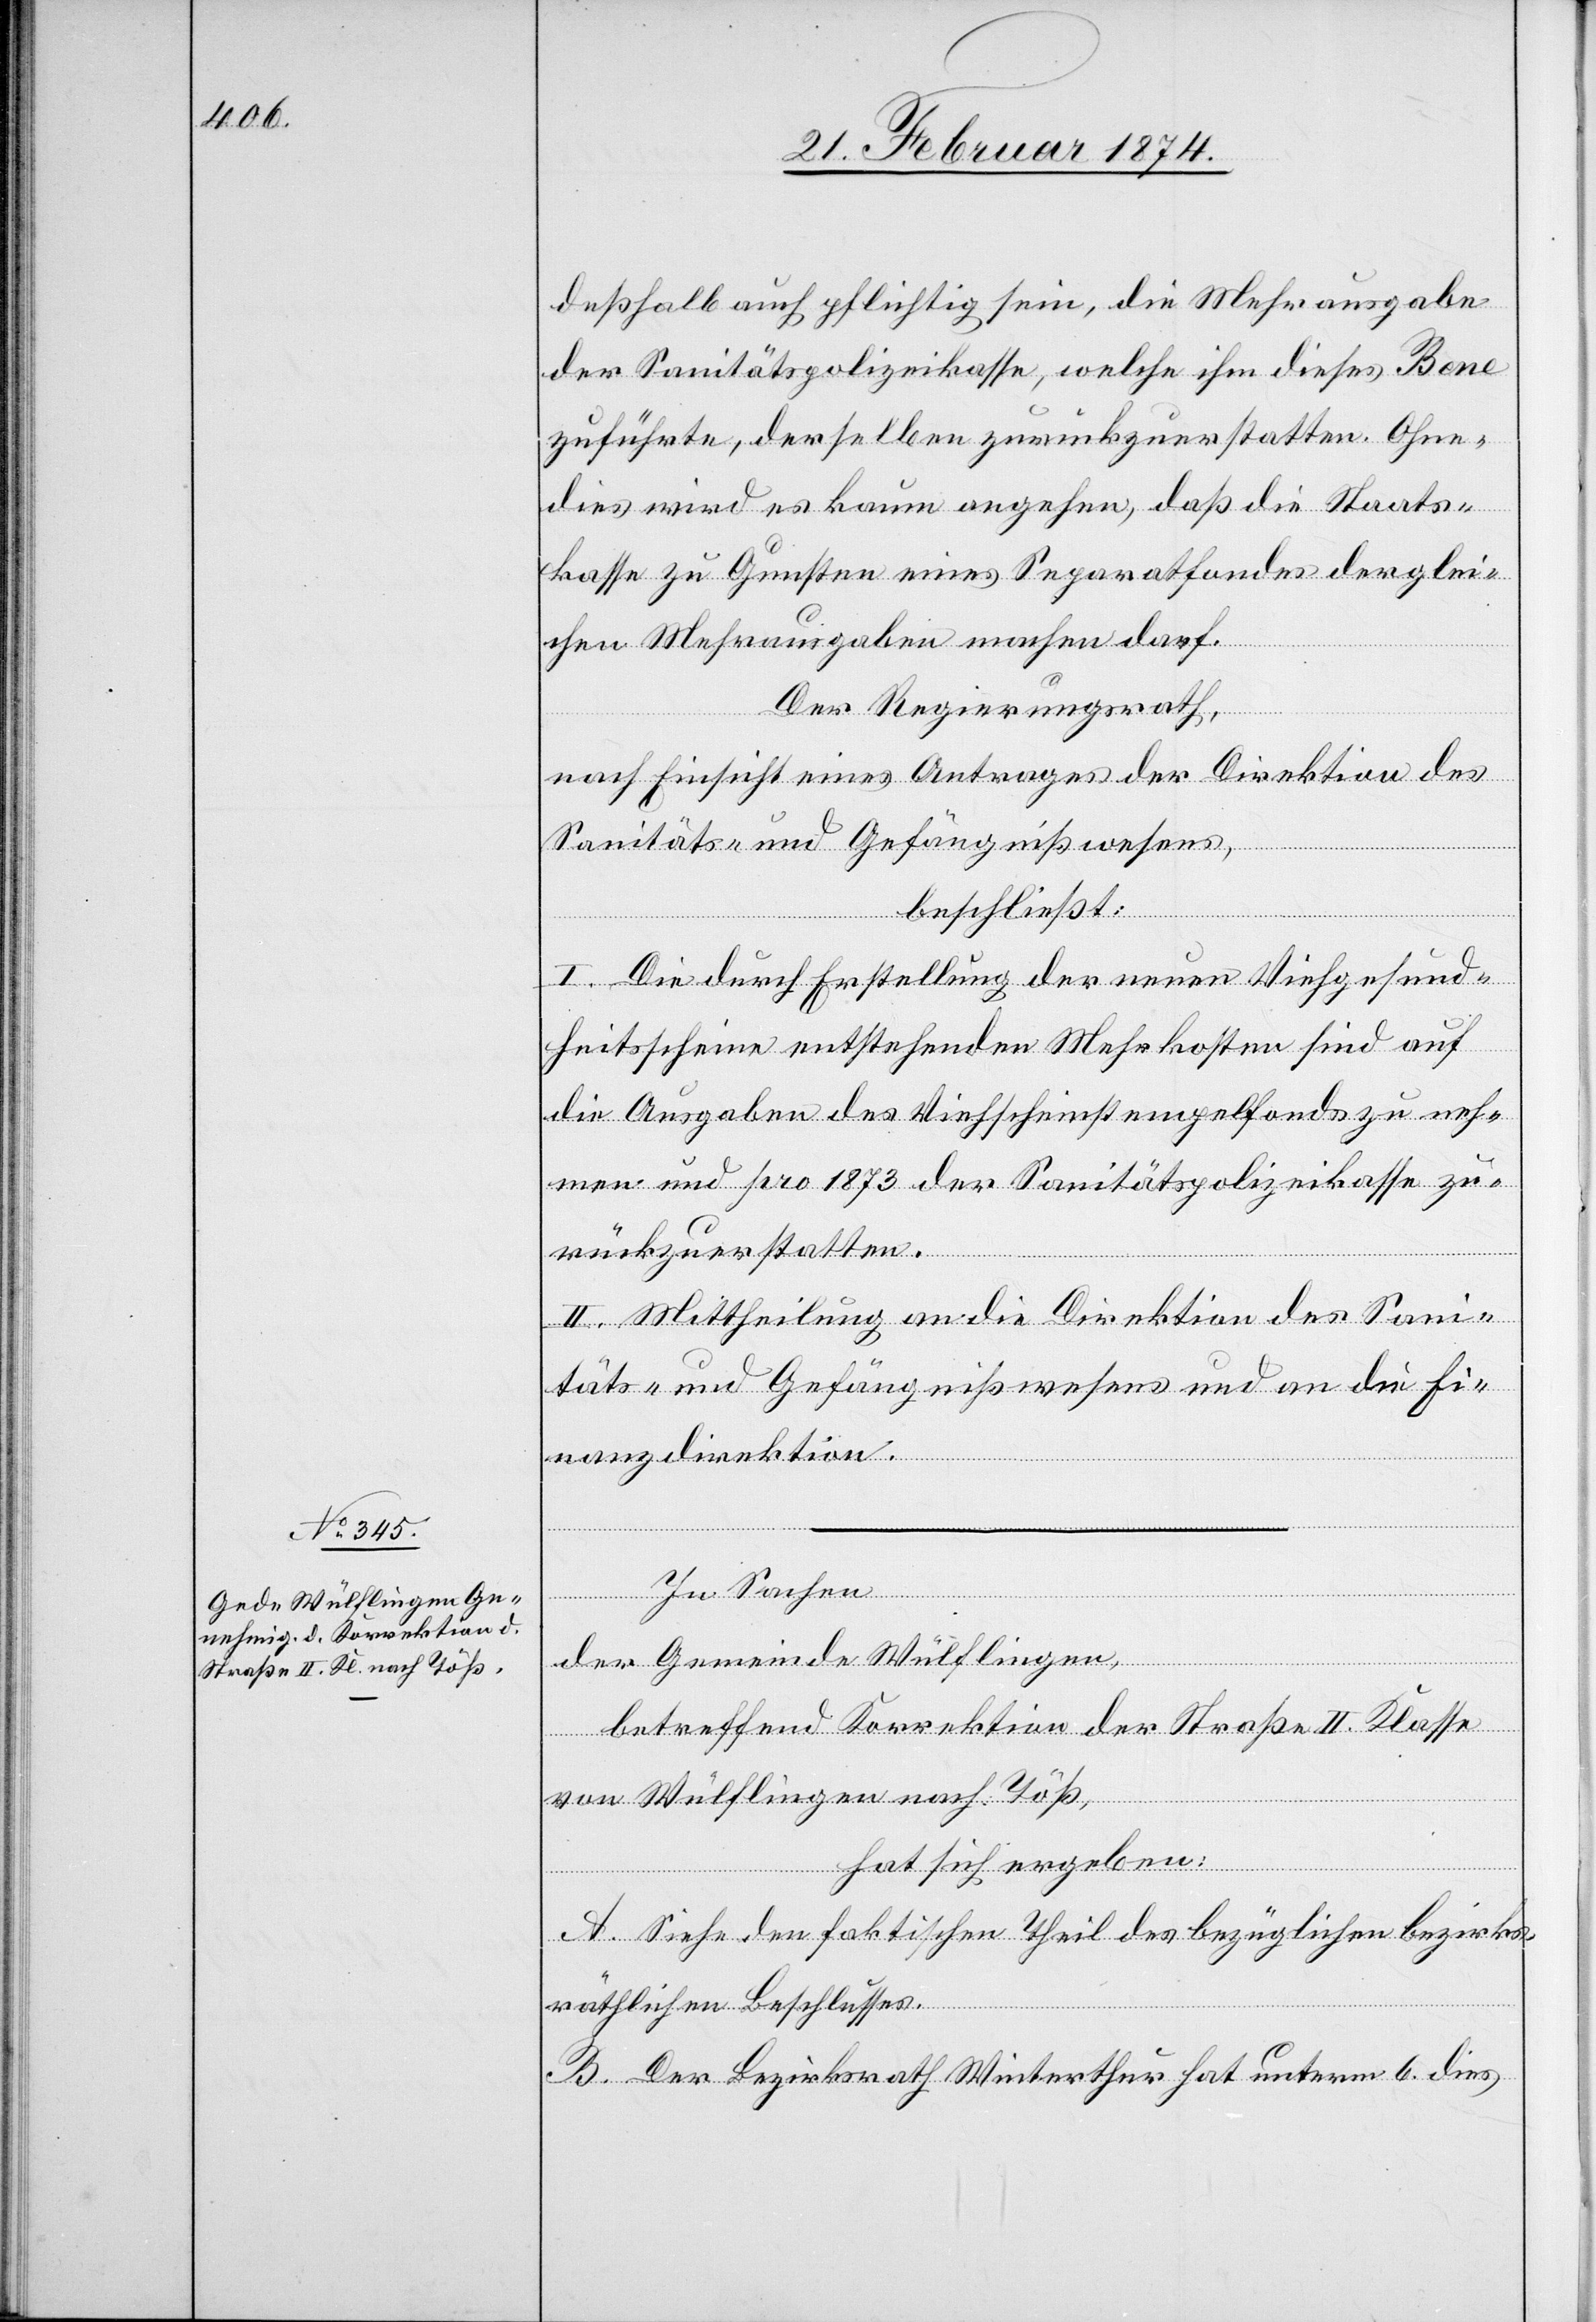
deßhalb auch pflichtig sein, die Mehrausgabe
der Sanitätspolizeikasse, welche ihm dieses Bene
zuführte, derselben zurückzuerstatten. Ohne¬
dies wird es kaum angehen, daß die Staats¬
chen
kasse zu Gunsten eines Separatfondes derglei¬
Der Regierungsrath,
nach Einsicht eines Antrages der Direktion des
Sanitäts- und Gefängnißwesens,
beschließt:
I. Die durch Erstellung der neuen Viehgesund¬
heitsscheine entstehenden Mehrkosten sind auf
die Ausgaben des Viehscheinstempelfonds zu neh¬
men und pro 1873 der Sanitätspolizeikasse zu¬
rückzuerstatten.
II. Mittheilung an die Direktion des Sani¬
täts- und Gefängnißwesens und an die Fi¬
nanzdirektion.
In Sachen
der Gemeinde Wülflingen,
betreffend Korrektion der Straße II. Klasse
von Wülflingen nach Töß,
hat sich ergeben:
A. Siehe den faktischen Theil des bezüglichen bezirks¬
räthlichen Beschlusses.
B. Der Bezirksrath Winterthur hat unterm 6. dies